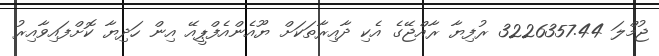
ޖުމްލަ 3226357.44 ރުފިޔާ ރާއްޖޭގެ އެކި ދާއިރާތަކަށް ޔޫއެންއެފްޕީއޭ އިން ހަދިޔާ ކޮށްފައިވާއިރު